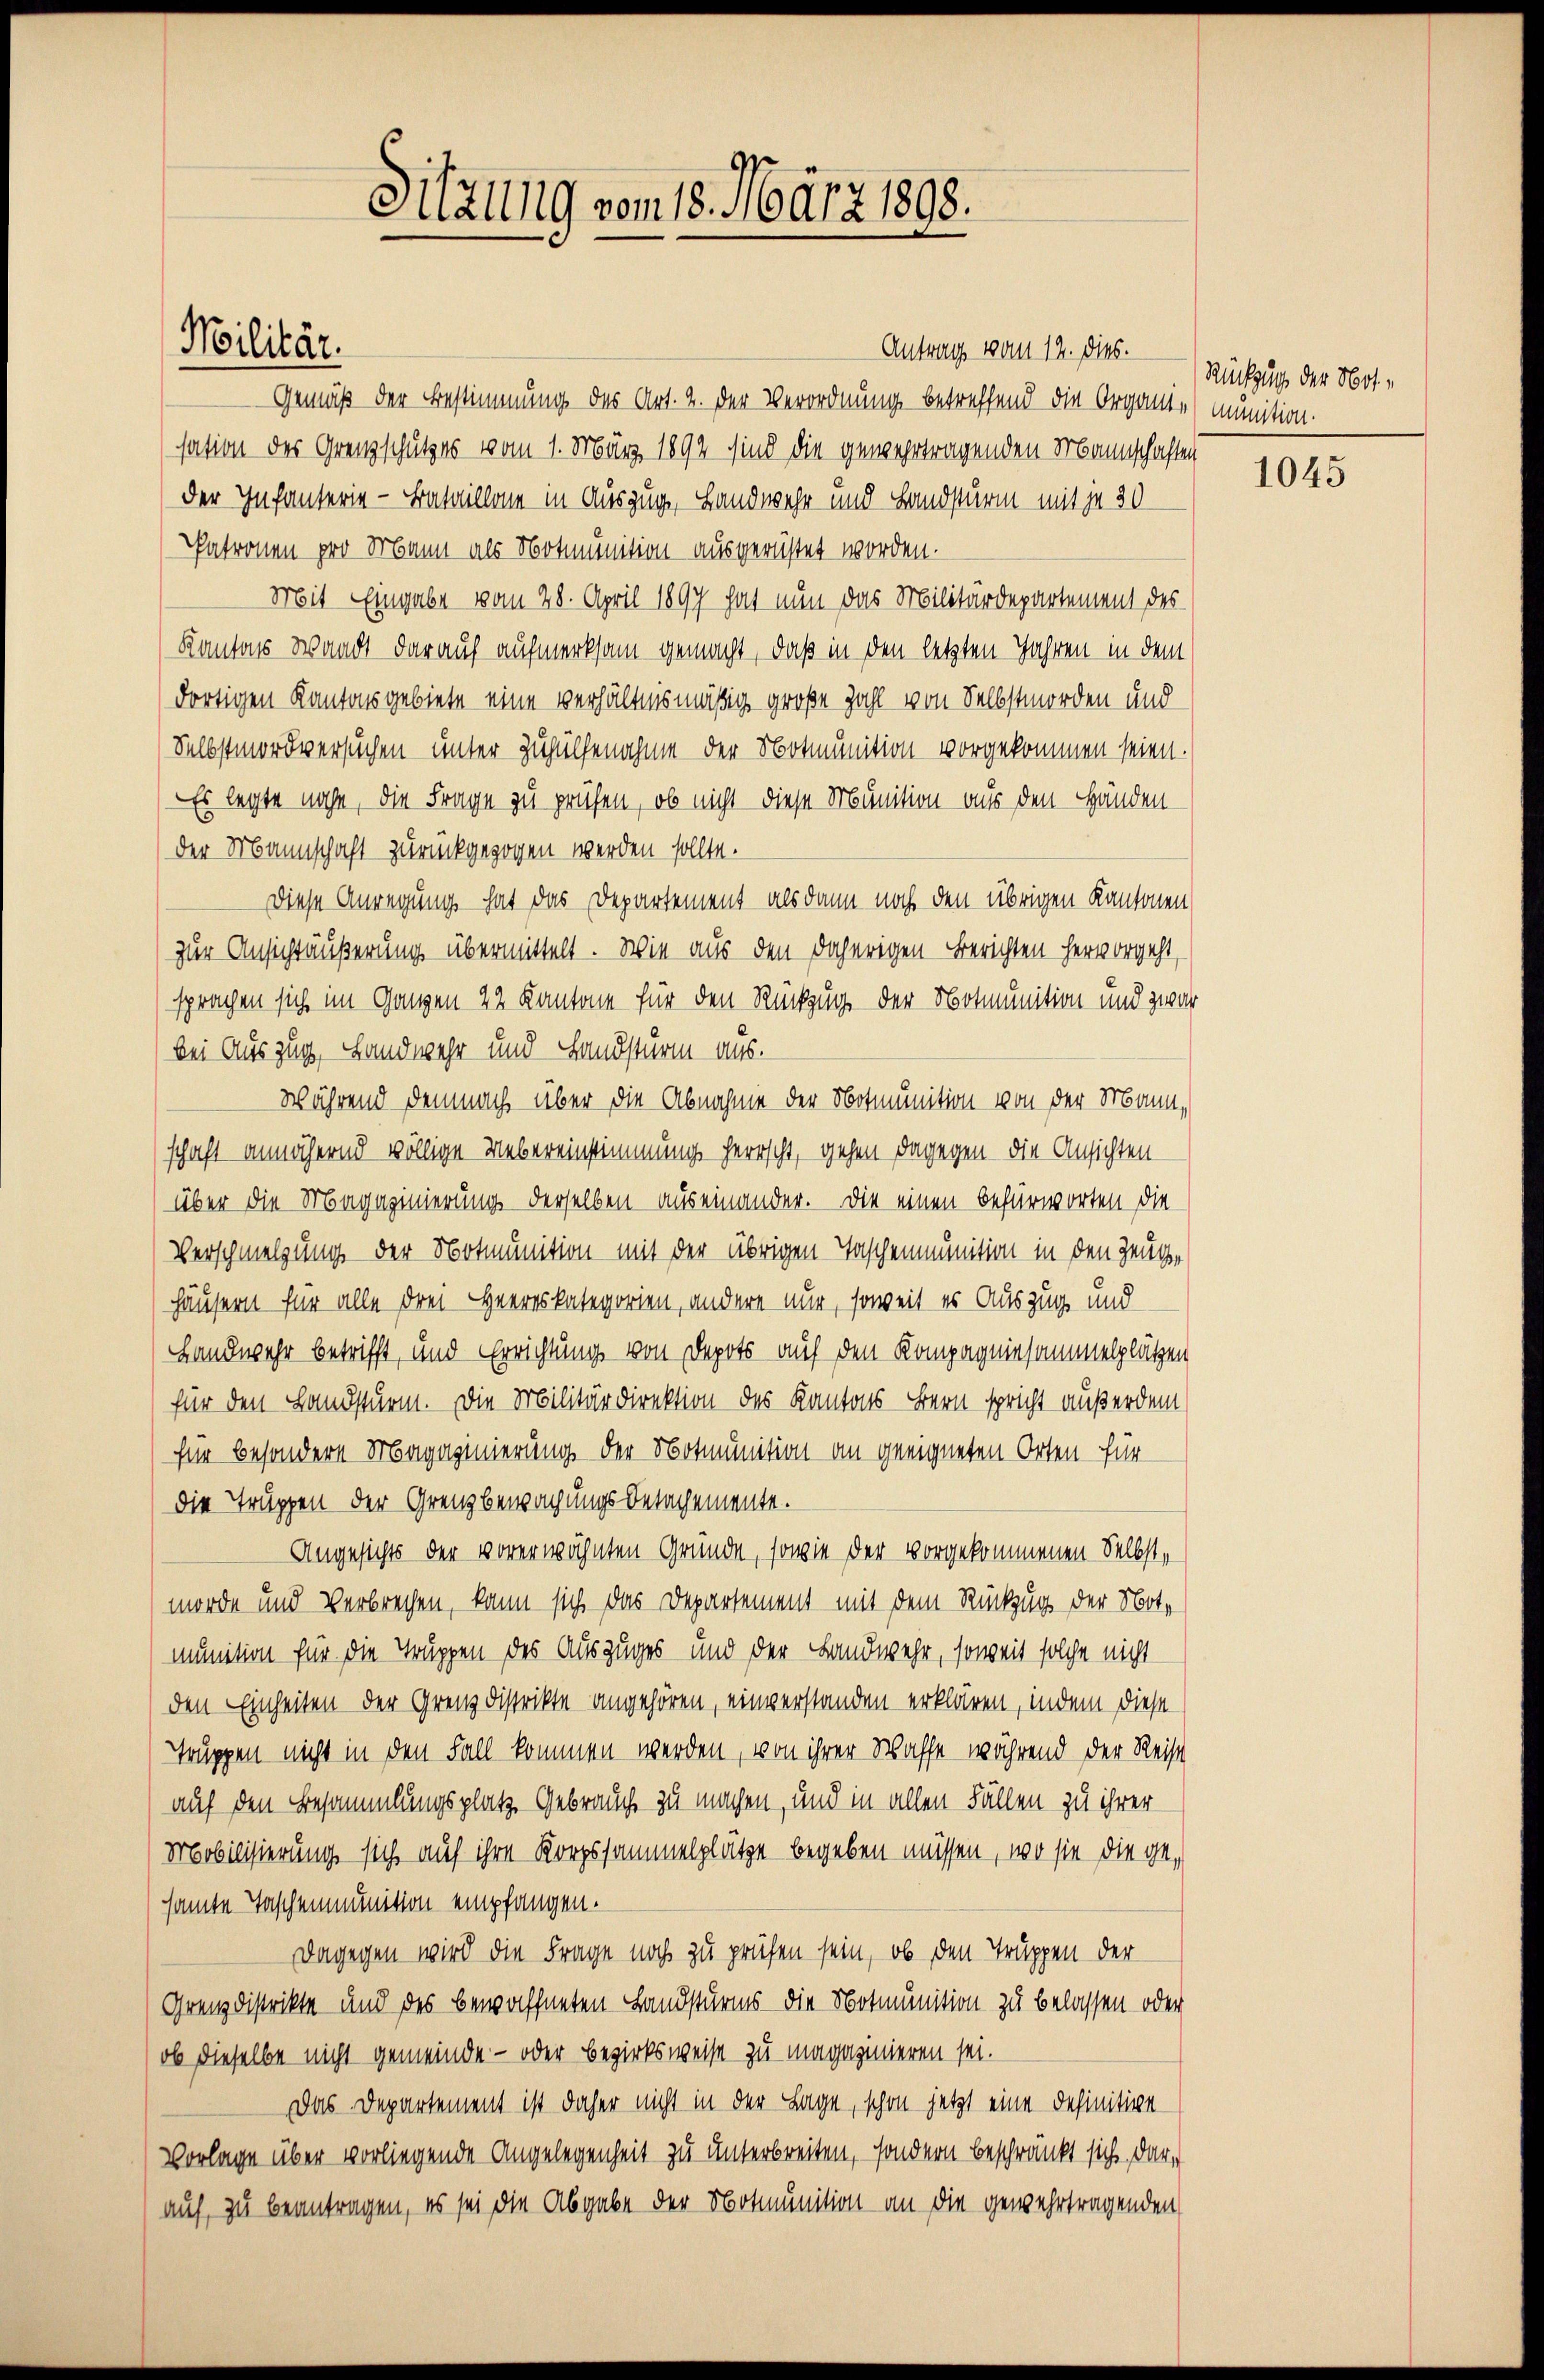
Antrag vom 12. dies.
Gemäß der Bestimmung des Art. 2. der Verordnung betreffend die Organte (immition.
sation des Grenzschutzes vom 1. März 1892 sind die gewehrtragenden Mannschaften
der Infanterie-Bataillone in Auszug, Landwehr und Landsturm mit je 30
Patronen pro Mann als Notmunition ausgerüstet worden.
Mit Eingabe vom 28. April 1897 hat nun das Militärdepartement des
Kantons Waadt darauf aufmerksam gemacht, daß in den letzten Jahren in dem
dortigen Kantonsgebiete eine verhältnismäßig große Zahl von Selbstmorden und
Selbstmordversuchen unter Zuhülfenahme der Notmunition vorgekommen seien.
Es legte nache, die Frage zu prüfen, ob nicht diese Munition aus den Händender Mannschaft zurückgezogen werden sollte.
Diese Anregung hat das Departement, als dann noch den übrigen Kantonen
zur Ansichtäußerung übermittelt. Wie aus den daherigen Berichten hervorgeht,
sprachen sich im Ganzen 22 Kantone für den Rückzug der Notmunition und zwar
bei Auszug, Landwehr und Landsturm aus.
während demnach über die Abnahme der Notmunition von der Mann,
schaft annähernd völlige Uebereinstimmung herrscht, gehen dagegen die Ansichten
über die Magazinierung derselben auseinander. Die einen befürworten die
Verschmelzung der Notmunition mit der übrigen Taschenmunition in den Zeuge
Häusern für alle drei Heeres kategorien, andere nur, soweit er Auszug und
Landwehr betrifft, und Errichtung von Depots auf den Kompagniesammelplätzen
für den Landsturm. Die Militärdirektion des Kantons Bern spricht außerdem
für besondere Magagierung der Notmunition an geeigneten Orten für
die Truppen der Grenzbewachungsbetagemente.
Angesichts der vorerwähnten Gründe, sowie der vorgekommenen Selbstmorde und Verbrechen, kann sich das Departement mit dem Rückzug der Not-
munition für die Truppen des Auszuges und der Landwehr, soweit solche nicht
den Einheiten der Grenz distrikte angehören, einverstanden erklären, indem diese
Truppen nicht in den Fall kommen werden, von ihrer Waffe während der Reise
auf den Besammlungsplatz. Gebrauch zu machen, und in allen Fällen zu ihrer
Mobilisierung sich auf ihre Korpssammelplätze begeben müssen, wo sie die gesamte Taschenmunition empfangen.
Dagegen wird die Frage noch zu prüfen sein, ob den Truppen der
Grenz distrikte und des bewaffneten Landsturms die Notmunition zu belassen oder
ob dieselbe nicht gemeinde- oder Bezirksweise zu magazinieren sei.
Das Departement ist daher nicht in der Lage, schon jetzt eine definitive
Vorlage über vorliegende Angelegenheit zu unterbreiten, sondern beschränkt sich dari
auf, zu beantragen, es sei die Abgabe der Notmunition an die gewehrtragenden

Militär.

Sitzung vom 18. März 1898.

Rückzug der Not-

1045